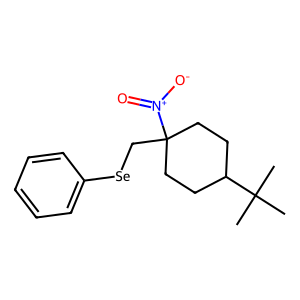
SMILES: CC(C)(C)C1CCC(C[Se]c2ccccc2)([N+](=O)[O-])CC1
Inhibits HIV replication: No